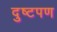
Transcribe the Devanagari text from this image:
दुष्टपण